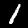
Digit: 1